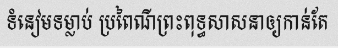
ទំនៀមទម្លាប់ ប្រពៃណីព្រះពុទ្ធសាសនាឲ្យកាន់តែ